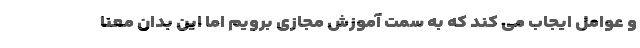
و عوامل ایجاب می کند که به سمت آموزش مجازی برویم اما این بدان معنا